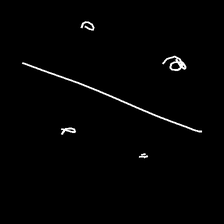
Glyph: cool